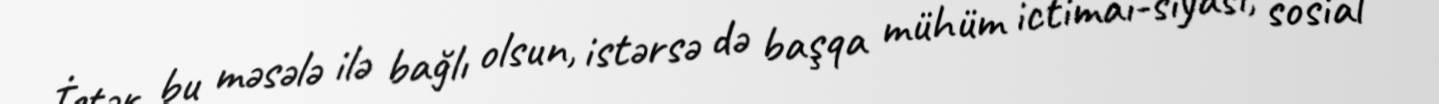
İstər bu məsələ ilə bağlı olsun, istərsə də başqa mühüm ictimai-siyasi, sosial